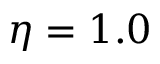
\eta = 1 . 0